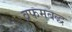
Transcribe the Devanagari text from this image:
व्रफमबद्ध